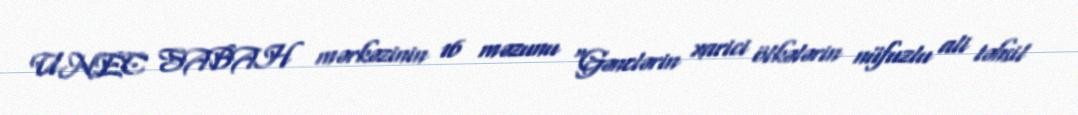
UNEC SABAH mərkəzinin 16 məzunu “Gənclərin xarici ölkələrin nüfuzlu ali təhsil